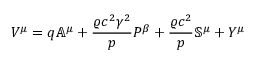
V ^ { \mu } = q \mathbb { A } ^ { \mu } + \frac { \varrho c ^ { 2 } \gamma ^ { 2 } } { p } P ^ { \beta } + \frac { \varrho c ^ { 2 } } { p } \mathbb { S } ^ { \mu } + Y ^ { \mu }